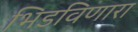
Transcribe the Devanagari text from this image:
भिडविणारा